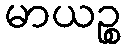
မာယဉ္စ